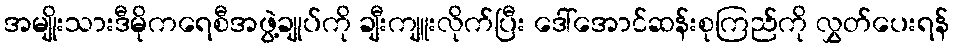
အမျိုးသားဒီမိုကရေစီအဖွဲ့ချုပ်ကို ချီးကျူးလိုက်ပြီး ဒေါ်အောင်ဆန်းစုကြည်ကို လွှတ်ပေးရန်